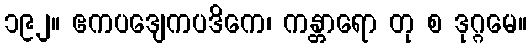
၁၉၂။ ဧကပဒျေကပဒိကေ၊ ကန္တာရော တု စ ဒုဂ္ဂမေ။